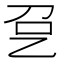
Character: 㐒